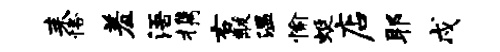
耒恪羞浯携右黻温愉蜓店耶戍